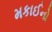
મકાઈનો